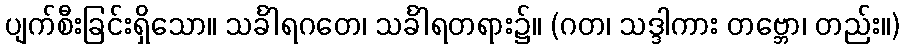
ပျက်စီးခြင်းရှိသော။ သင်္ခါရဂတေ၊ သင်္ခါရတရား၌။ (ဂတ၊ သဒ္ဒါကား တဗ္ဘော၊ တည်း။)